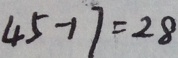
4 5 - 1 7 = 2 8